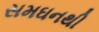
સમઘનથી